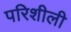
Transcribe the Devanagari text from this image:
परिशीली